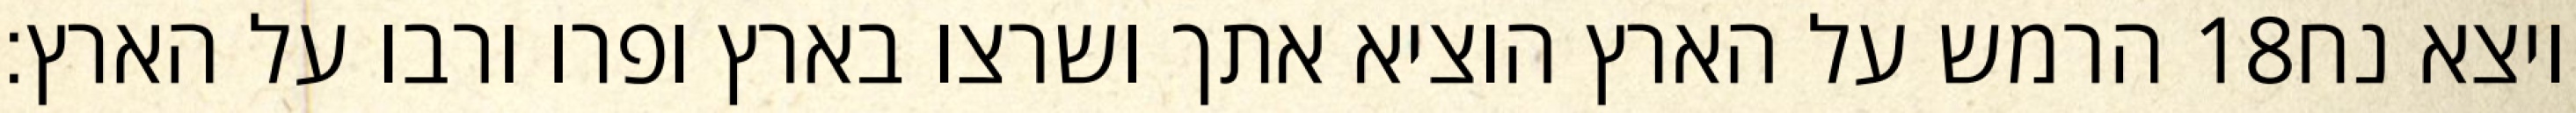
הרמש על הארץ הוציא אתך ושרצו בארץ ופרו ורבו על הארץ׃ ‎18‏ ויצא נח